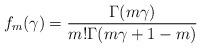
LaTeX: \begin{align*}f_m(\gamma) = \frac{\Gamma(m\gamma)}{m! \Gamma (m\gamma +1 -m)}\end{align*}